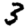
Digit: 3